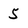
Character: 5